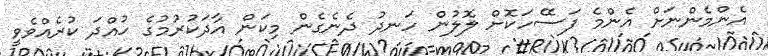
އެންމެންނަށް އެންމެ ފަސޭހަކޮށް ލޮލުން ހަނދު ދެނެގެން މިކަން އާދަކުރުމުގެ ހުއްދަ ކުރެއްވެވީ